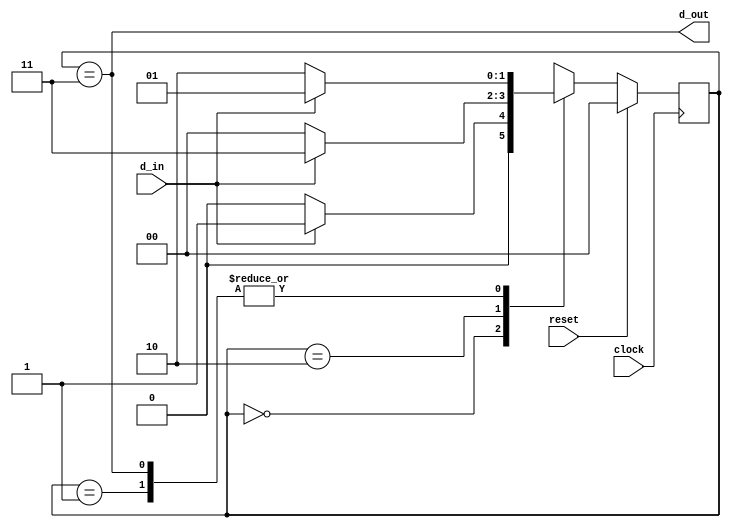
module seq_det_101(d_out,d_in,reset,clock);

	input d_in,reset,clock;
	output  d_out;

	parameter s0 =2'b00,
				s1 =2'b01,
				s2 =2'b10,
				s3 =2'b11 ;
								 
  	reg [1:0]state,next_state;

	always @(posedge clock) 
		begin
			if(reset)
			state<=s0;
			else
			state<=next_state;
		end

   	always @(state,d_in) 
   		begin
			case (state)
				s0 :if(d_in) 
			 			next_state<=s1;
					else
						next_state<=s0;
				s1 :if(d_in) 
						next_state<=s1;
					else
						next_state<=s2;
				 s2 :if(d_in) 
						next_state<=s3;
					else
						next_state<=s0;
				 s3 :if(d_in) 
						next_state<=s1;
					else
						next_state<=s2;
					 default: next_state<=s0;
			endcase
		end

		assign d_out=(state==s3);
		
   	endmodule